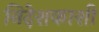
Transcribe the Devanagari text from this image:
निदेशकाशी